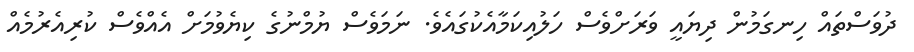
ދުވަސްތައް ހިނގަމުން ދިޔައީ ވަރަށްވެސް ހަލުއިކަމާއެކުގައެވެ. ނަމަވެސް ޔުމްނުގެ ކިޔެވުމަށް އެއްވެސް ކުރިއެރުމެއް